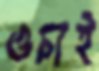
ওচাই